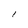
Character: l